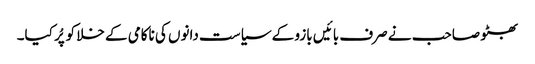
بھٹو صاحب نے صرف بائیں بازو کے سیاست دانوں کی ناکامی کے خلا کو پُر کیا۔